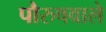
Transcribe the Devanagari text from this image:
पौरुषवाले